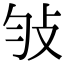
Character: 𢻸